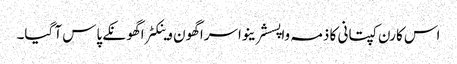
اس کارن کپتانی کا ذمہ واپسشرینواسراگھون وینکٹراگھونکے پاس آ گیا۔